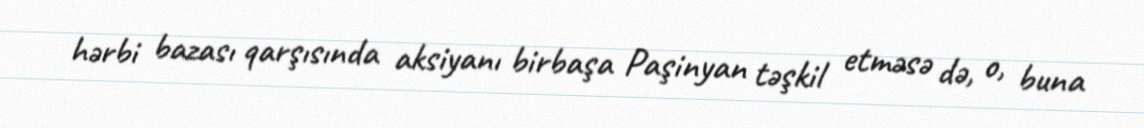
hərbi bazası qarşısında aksiyanı birbaşa Paşinyan təşkil etməsə də, o, buna